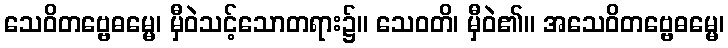
သေဝိတဗ္ဗေဓမ္မေ၊ မှီဝဲသင့်သောတရား၌။ သေဝတိ၊ မှီဝဲ၏။ အသေဝိတဗ္ဗေဓမ္မေ၊